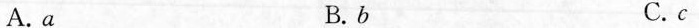
A.a B.b C.c